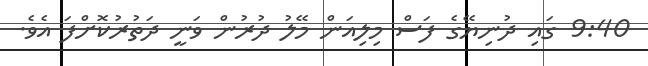
9:40 ގައި ދުނިޔޭގެ ފަސް މިލިއަން މޭލު ދުރުން ވަނީ ދަތުރުކޮށްފަ އެވެ.